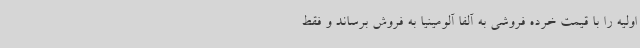
اولیه را با قیمت خرده فروشی به آلفا آلومینیا به فروش برساند و فقط